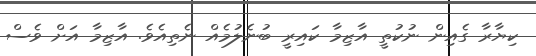
ކިޔާރާ ގެއިން ނުކުތީ އާޒިމާ ކައިރީ ބުނެލުމެއް ނެތިއެވެ. އާޒިމާ އަށް ވެސް